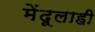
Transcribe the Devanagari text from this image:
मेंदूलाही